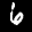
Label: 6